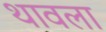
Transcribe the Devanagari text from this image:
थावला